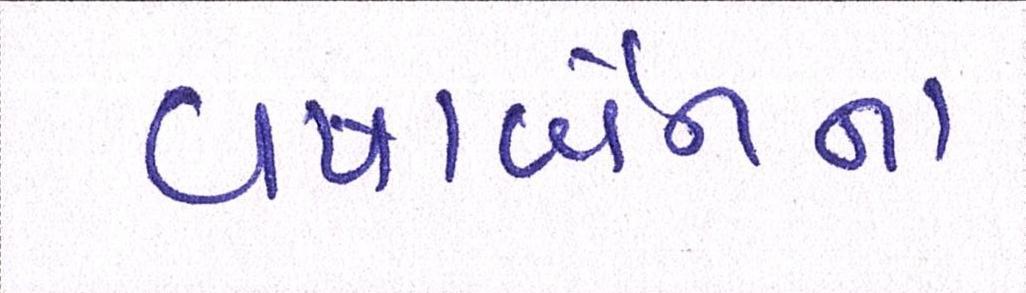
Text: વષાર્બેનના